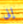
إلى